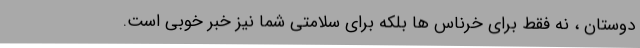
دوستان ، نه فقط برای خرناس ها بلکه برای سلامتی شما نیز خبر خوبی است.